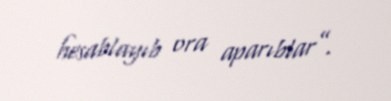
hesablayıb ora aparıblar”.